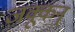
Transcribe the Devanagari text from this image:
ज़क्कून्